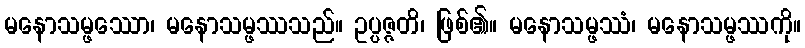
မနောသမ္ဖဿော၊ မနောသမ္ဖဿသည်။ ဥပ္ပဇ္ဇတိ၊ ဖြစ်၏။ မနောသမ္ဖဿံ၊ မနောသမ္ဖဿကို။